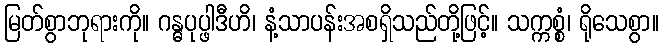
မြတ်စွာဘုရားကို။ ဂန္ဓပုပ္ဖါဒီဟိ၊ နံ့သာပန်းအစရှိသည်တို့ဖြင့်။ သက္ကစ္စံ၊ ရိုသေစွာ။